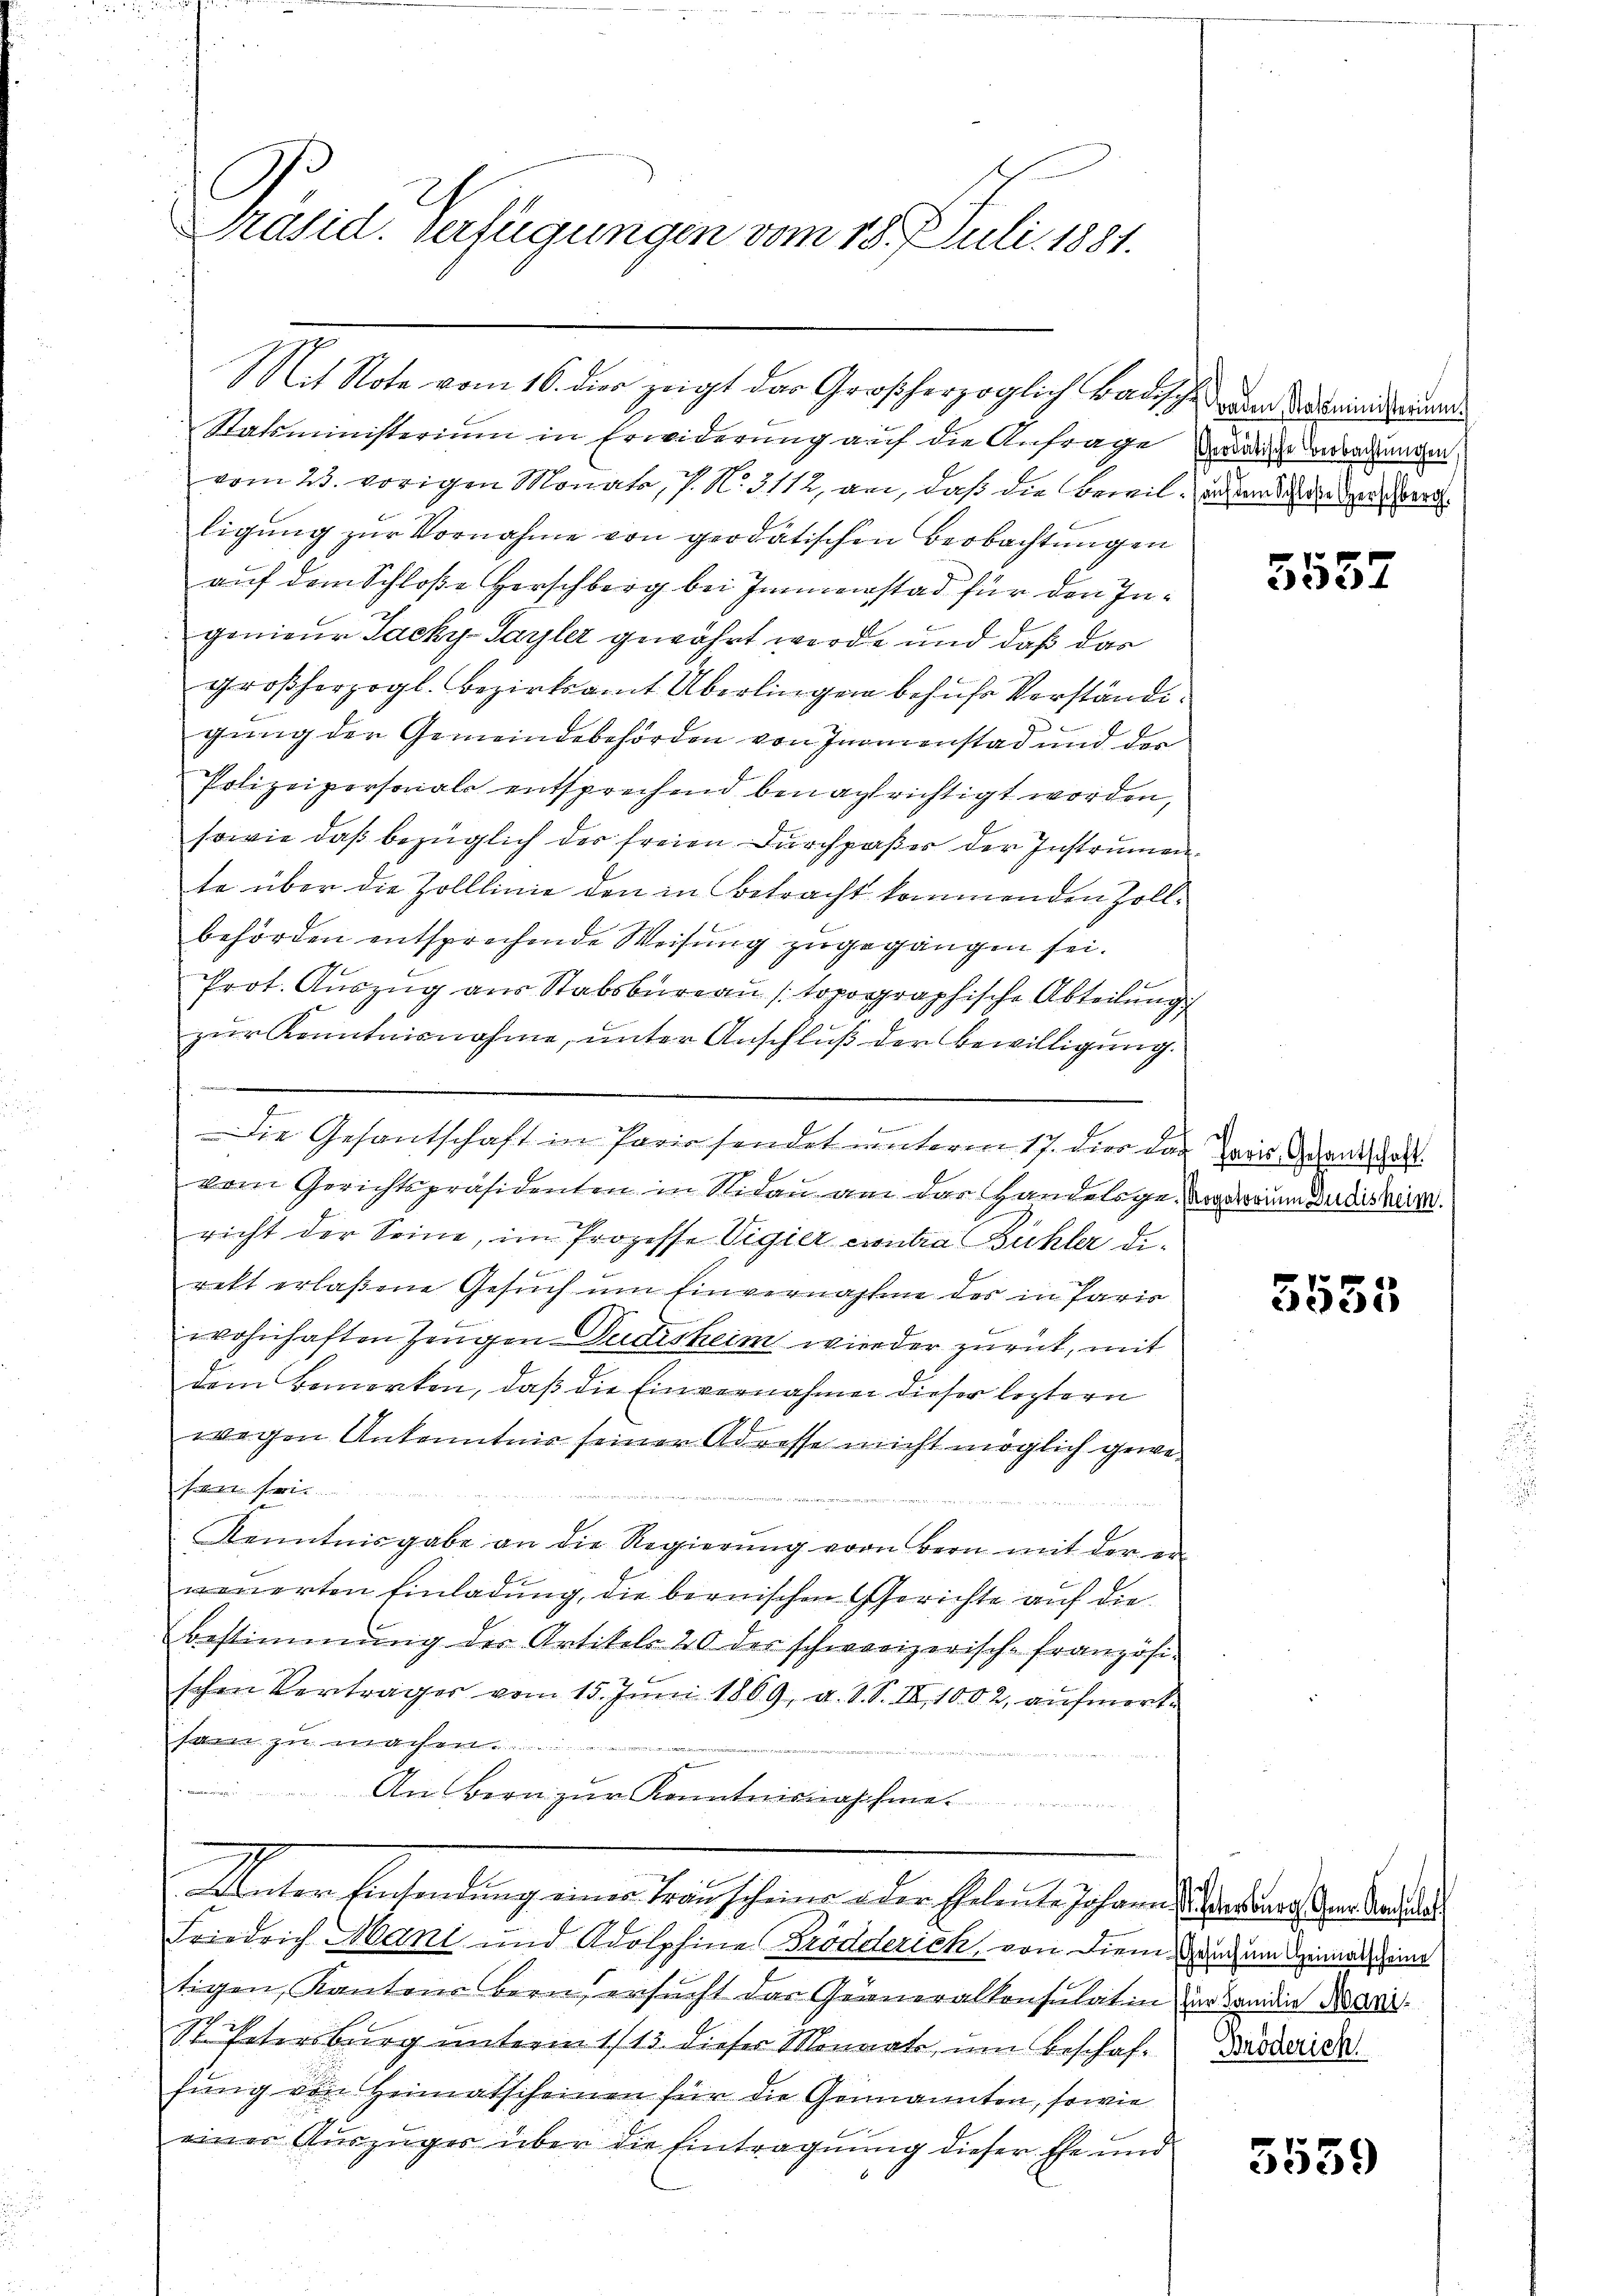
Präsid. Verfügungen vom 15. Juli 1881.

Statsministerium in Erwiderung auf die Anfrage der die Berechungen
vom 23. vorigen Monate, J. N. 3112, an, daß die Beweil-Zechend der Verschwerd
ligung zur Vornahme von geodatischen Beobachtungen
auf dem Schloße Herschberg bei Immenstad für den Ingenieur Sacky-Sayler gewährt werde und daß das
großherzogl. Bezirksamt Überlinger behufe Verständi¬
3
gung der Gemeindebehörden von Inomenstad und der
Polizeipersonals entsprechend benachrichtigt worden,
sowie daß bezüglich der freien Durchpaßer der Instrumen,
te über die Zolllinie den in Betracht kommenden Zollbehörden entsprechende Weisung zugegangen sei.
Prot. Auszug aus Stabsbureau (topographische Abteilung
zŭr Kenntnisnahme, unter Anschlŭβ der Bewilligŭng.
Die Gesantschaft in Parissendet unterm 17. dies das Paris Gant hat.
vom Gerichtspräsidenten in Nidau am das Handelsge Vorarium der diskus.
richt der Seine, im Prozesse Vigier contra Bühler de
.
rett erlaßene Gesuch um Einvernahme des in Paris
wohnhaften Zeugen Pudisheim wieder zurück, mit
dem Bemerken, daß die Einvernahmen dieser leztern
wegen Ankenntnis seiner Adresse nicht möglich gewe¬

Kenntnisgabe an die Regierŭng von Bern mit der er-
morierten Einladung, die bernischen Gerichte auf die
Bestimmung der Artikels 20 des schweizerisch-französi-
schen Verträger vom 15. Juni 1869, a. O. S. II, 1002, aufmerkz
An Bern zur Kenntnisnaschie
e
Unter Bentendung einer verschang ander Eheleute sehen die er dass der
Friedrich Mani und Adolphine Brödderich, von dien, da um Heimat ein
tigen, Kantons Bern ersŭcht das Generalkonsulatin der Candin Mari
St. Patersburg unterm 1/13. dieser Monarte, um Beschaffung von Heimatscheinen für die Genannten, sowie
einer Auszuges über die Eintragnung dieser Ehe und

Mit Note vom 16. dies zeigt der Großherzoglich badische dem Steinigungen

5557

5555

Brödericht

5559